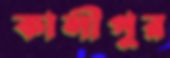
কালীপুর